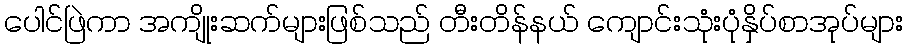
ပေါင်ဖြဲကာ အကျိုးဆက်များဖြစ်သည် တီးတိန်နယ် ကျောင်းသုံးပုံနှိပ်စာအုပ်များ